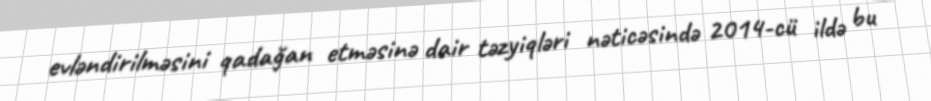
evləndirilməsini qadağan etməsinə dair təzyiqləri nəticəsində 2014-cü ildə bu